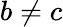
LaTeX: b\neq c